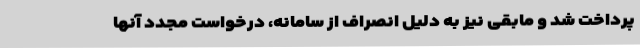
پرداخت شد و مابقی نیز به دلیل انصراف از سامانه، درخواست مجدد آنها